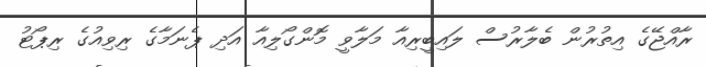
ރާއްޖޭގެ އިތުރުން ބެލާރުސް ލައިބީރިއާ މަލާވީ މޮންގޯލިއާ އަދި ޕެނަމާގެ ރިވިއުގެ ރިޕޯޓު